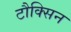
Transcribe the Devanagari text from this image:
टौक्सिन